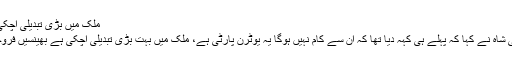
ملک میں بڑی تبدیلی آچکی ہے ،بھینسیں فروخت ہو رہی ہیں، مراد علی شاہ
سیہون جدت ویب ڈیسک وزیراعلی سندھ مراد علی شاہ نے کہا کہ پہلے ہی کہہ دیا تھا کہ ان سے کام نہیں ہوگا یہ یوٹرن پارٹی ہے، ملک میں بہت بڑی تبدیلی آچکی ہے بھینسیں فروخت ہو رہی ہیں اور گاڑیاں تلاش کی جا رہی ہیں۔